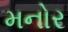
મનોર